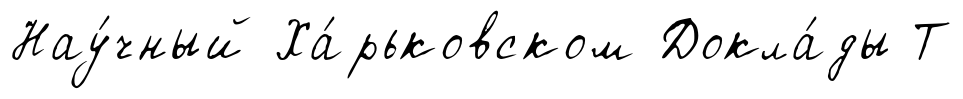
Нау́чный Ха́рьковском Докла́ды Т